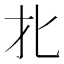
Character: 𰅡